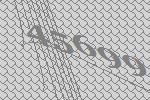
45699